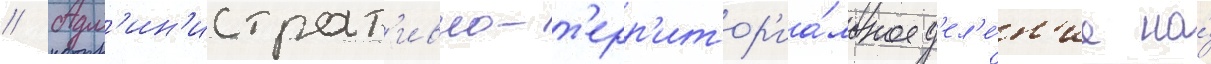
// Адм'ин'истрат'ивно-т'ерр'итор'иа́льное д'ел'е́н'ие на́